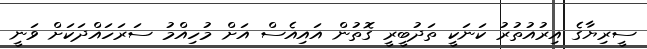
ސީރިޔާގެ އިރުއުތުރު ކަނަކީ ތަދުބީރީ ގޮތުން އައިއެސް އަށް މުހިއްމު ސަރަހައްދަކަށް ވަނީ